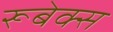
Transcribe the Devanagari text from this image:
रूबेक्स